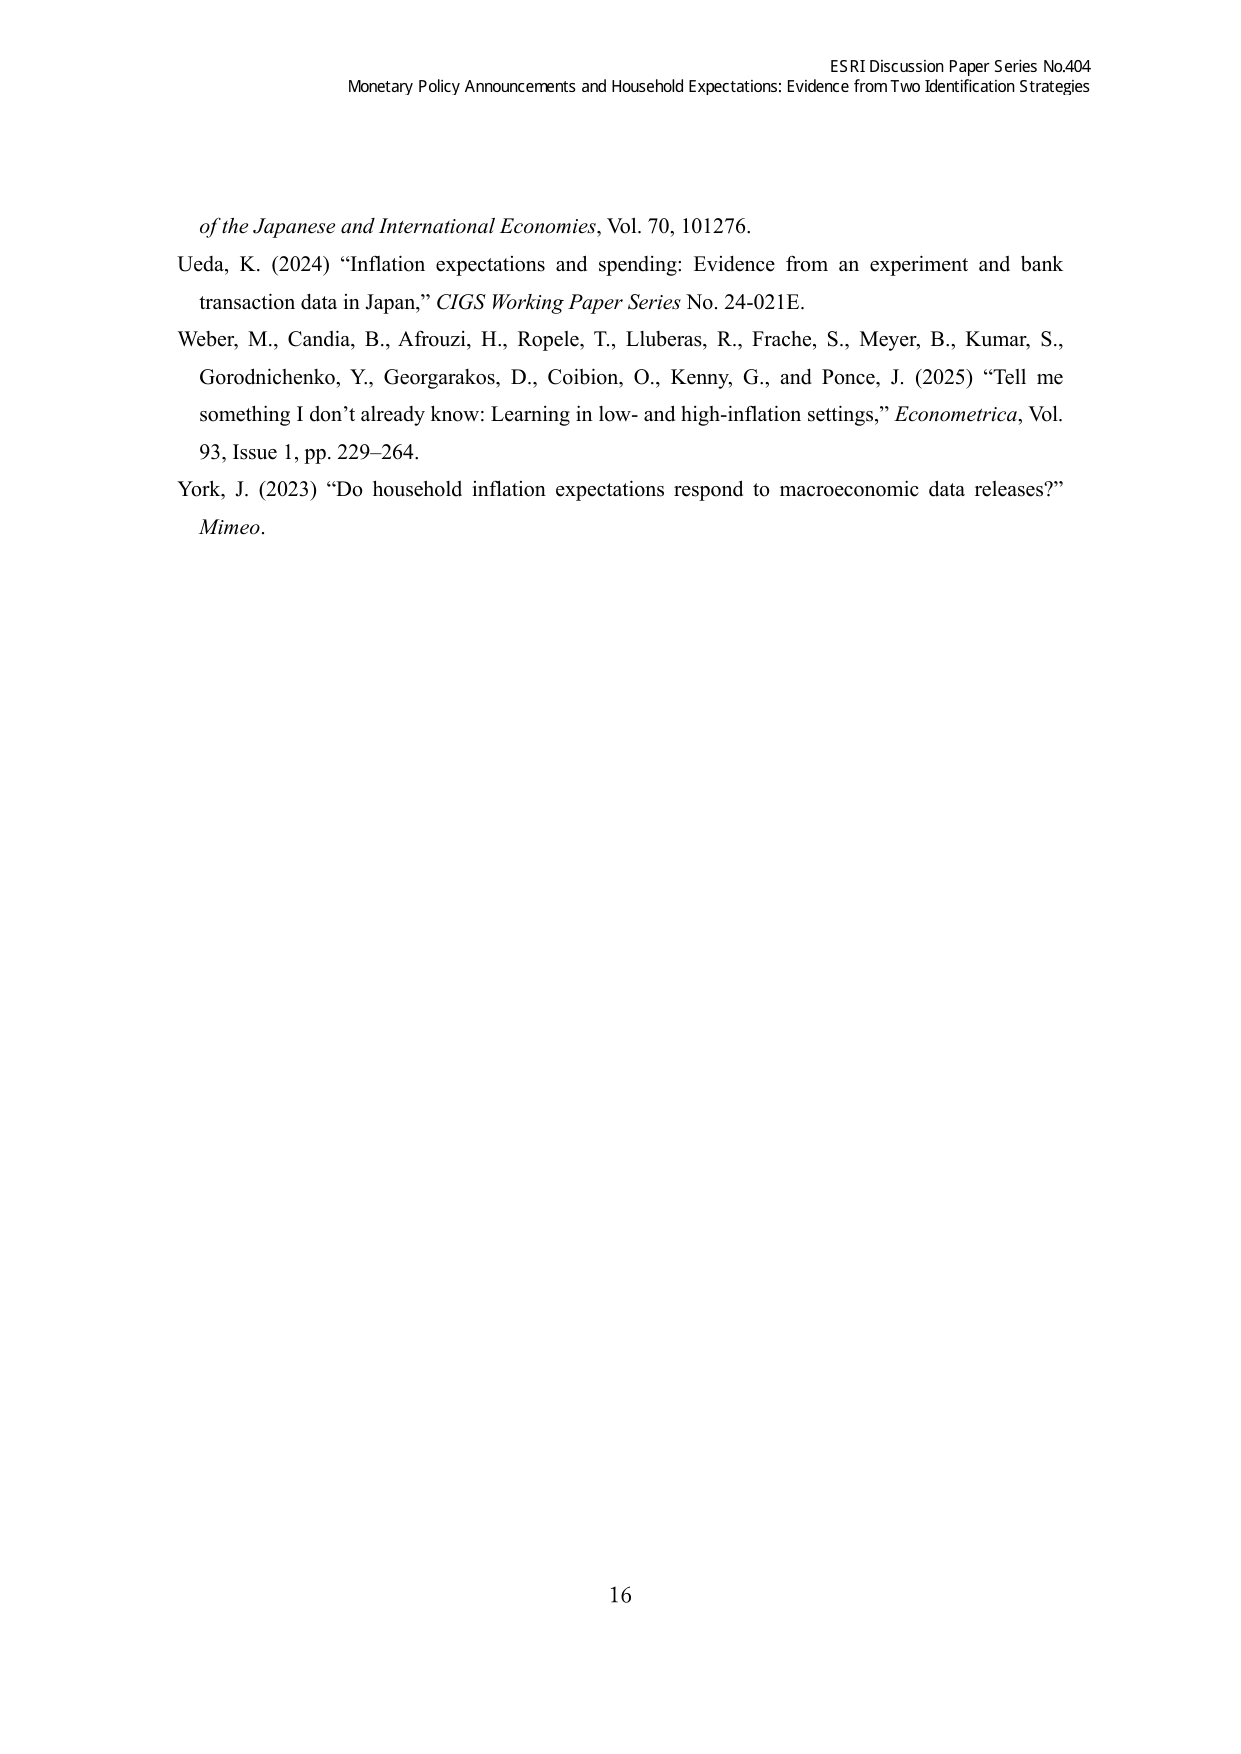
ESRI Discussion Paper Series No.404
Monetary Policy Announcements and Household Expectations: Evidence from Two Identification Strategies

of the Japanese and International Economies, Vol. 70, 101276.
Ueda, K. (2024) “Inflation expectations and spending: Evidence from an experiment and bank transaction data in Japan,” CIGS Working Paper Series No. 24-021E.
Weber, M., Candia, B., Afrouzi, H., Ropele, T., Lluberas, R., Frache, S., Meyer, B., Kumar, S., Gorodnichenko, Y., Georgarakos, D., Coibion, O., Kenny, G., and Ponce, J. (2025) “Tell me something I don’t already know: Learning in low- and high-inflation settings,” Econometrica, Vol. 93, Issue 1, pp. 229–264.
York, J. (2023) “Do household inflation expectations respond to macroeconomic data releases?” Mimeo.

16